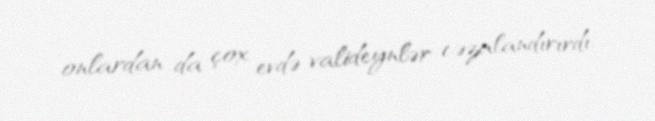
onlardan da çox evdə valideynlər cəzalandırırdı.